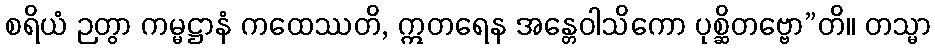
စရိယံ ဉတွာ ကမ္မဋ္ဌာနံ ကထေဿတိ, ဣတရေန အန္တေဝါသိကော ပုစ္ဆိတဗ္ဗော”တိ။ တသ္မာ